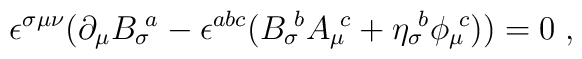
\epsilon^{\sigma\mu\nu}(\partial_\mu {B_\sigma}\!^a -\epsilon^{abc}({B_\sigma}\!^b {A_\mu}\!^c + {\eta_\sigma}\!^b{\phi_\mu}\!^c)) = 0 \; ,